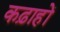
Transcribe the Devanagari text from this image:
कढ़ाहों